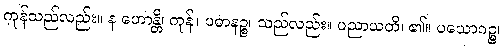
ကုန်သည်လည်း။ န ဟောန္တိ၊ ကုန်။ ပဓာနဉ္စ၊ သည်လည်း။ ပညာယတိ၊ ၏။ ပယောဂဉ္စ၊